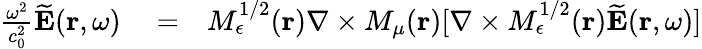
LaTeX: \begin{array}{rlr}{\frac{\omega^{2}}{c_{0}^{2}}\widetilde{\mathbf E}({\mathbf r},\omega)}&{{}=}&{M_{\epsilon}^{1/2}({\mathbf r})\nabla\times M_{\mu}({\mathbf r})[\nabla\times M_{\epsilon}^{1/2}({\mathbf r})\widetilde{\mathbf E}({\mathbf r},\omega)]}\end{array}